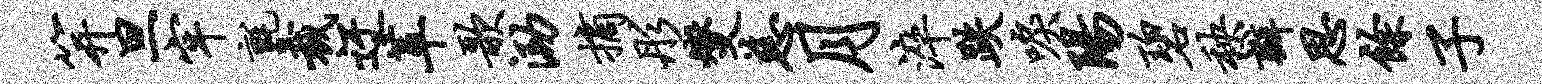
笄旦牢毡裁迂革歌泐摘彤燮慈月淬跌唳阳碧秧瓣思余子